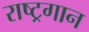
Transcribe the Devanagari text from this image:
राष्‍ट्रगान